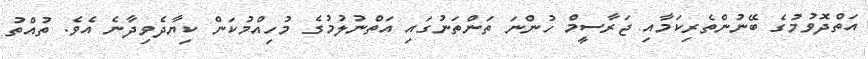
އަތްދޮވުމުގެ ބޭނުންތެރިކަމާއި ޖަރާސީމް ހުންނަ ތަންތަނުގައި އަތްނުލުމުގެ މުހިއްމުކަން ކިޔާދެވިދާނެ އެވެ. ތުއްތު